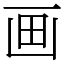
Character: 画